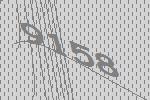
9158